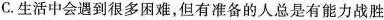
C.生活中会遇到很多困难，但有准备的人总是有能力战胜困难而且有勇气面对困难。